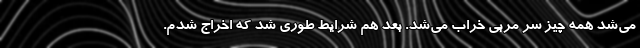
می‌شد همه چیز سر مربی خراب می‌شد. بعد هم شرایط طوری شد که اخراج شدم.